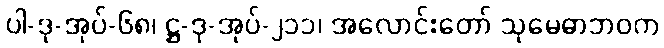
ပါ-ဒု-အုပ်-၆၈၊ ဋ္ဌ-ဒု-အုပ်-၂၁၁၊ အလောင်းတော် သုမေဓာဘဝက